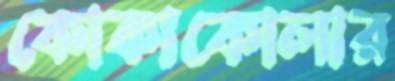
কোকাকোলার